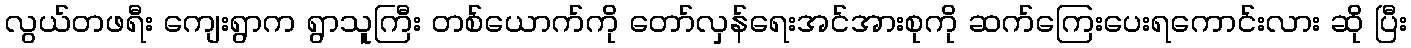
လွယ်တဖရီး ကျေးရွာက ရွာသူကြီး တစ်ယောက်ကို တော်လှန်ရေးအင်အားစုကို ဆက်ကြေးပေးရကောင်းလား ဆို ပြီး